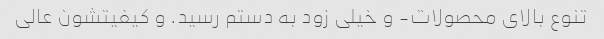
تنوع بالای محصولات- و خیلی زود به دستم رسید. و کیفیتشون عالی